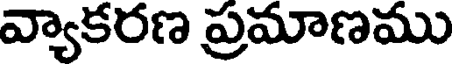
వ్యాకరణ ప్రమాణము